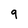
Character: 9